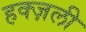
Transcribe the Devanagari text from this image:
हक्ज़ली